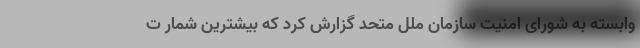
وابسته به شورای امنیت سازمان ملل متحد گزارش کرد که بیشترین شمار ت